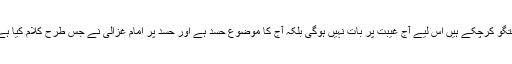
لیکن ہم اپنے ایک کالم میں غیبت پر گفتگو کرچکے ہیں اس لیے آج غیبت پر بات نہیں ہوگی بلکہ آج کا موضوع حسد ہے اور حسد پر امام غزالیؒ نے جس طرح کلام کیا ہے کسی اور نے اس طرح کلام نہیں کیا۔